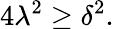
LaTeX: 4\lambda^{2}\geq\delta^{2}.